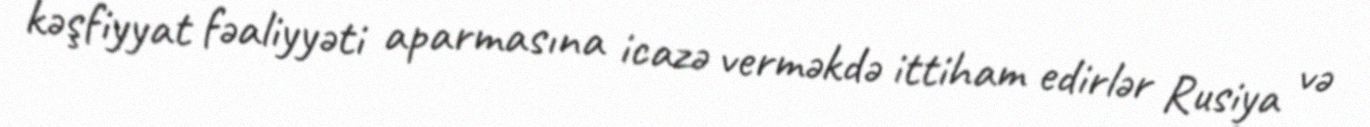
kəşfiyyat fəaliyyəti aparmasına icazə verməkdə ittiham edirlər Rusiya və